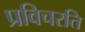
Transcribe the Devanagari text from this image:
प्रविचरति